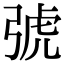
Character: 𢏯